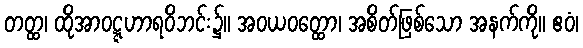
တတ္ထ၊ ထိုအာဝဋ္ဋဟာရဝိဘင်း၌။ အဝယဝတ္ထော၊ အစိတ်ဖြစ်သော အနက်ကို။ ဧဝံ၊